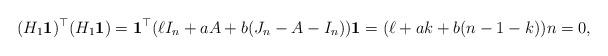
LaTeX: \begin{align*}(H_1{\bf 1})^\top(H_1{\bf 1})={\bf 1}^\top (\ell I_n+a A+b(J_n-A-I_n)){\bf 1}=(\ell+a k+b (n-1- k))n=0, \end{align*}